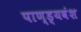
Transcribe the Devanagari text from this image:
पाण्ड्यवंश